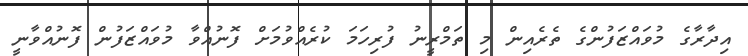
އިދާރާގެ މުވައްޒަފުންގެ ތެރެއިން މި ތަމްރީނު ފުރިހަމަ ކުރެއްވުމަށް ފޮނުއްވާ މުވައްޒަފުން ފޮނުއްވާނީ